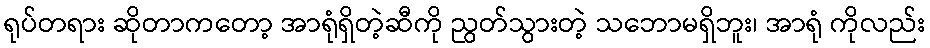
ရုပ်တရား ဆိုတာကတော့ အာရုံရှိတဲ့ဆီကို ညွတ်သွားတဲ့ သဘောမရှိဘူး၊ အာရုံ ကိုလည်း